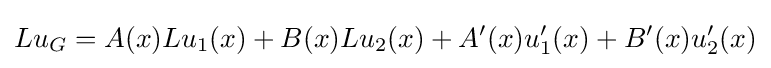
Lu_{G}=A(x)Lu_{1}(x)+B(x)Lu_{2}(x)+A'(x)u_{1}'(x)+B'(x)u_{2}'(x)